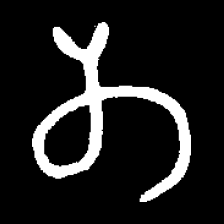
Pyu character \u2014 Myanmar letter: တ (romanized: ta)